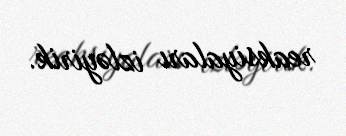
reaksiyaları izləyirik.